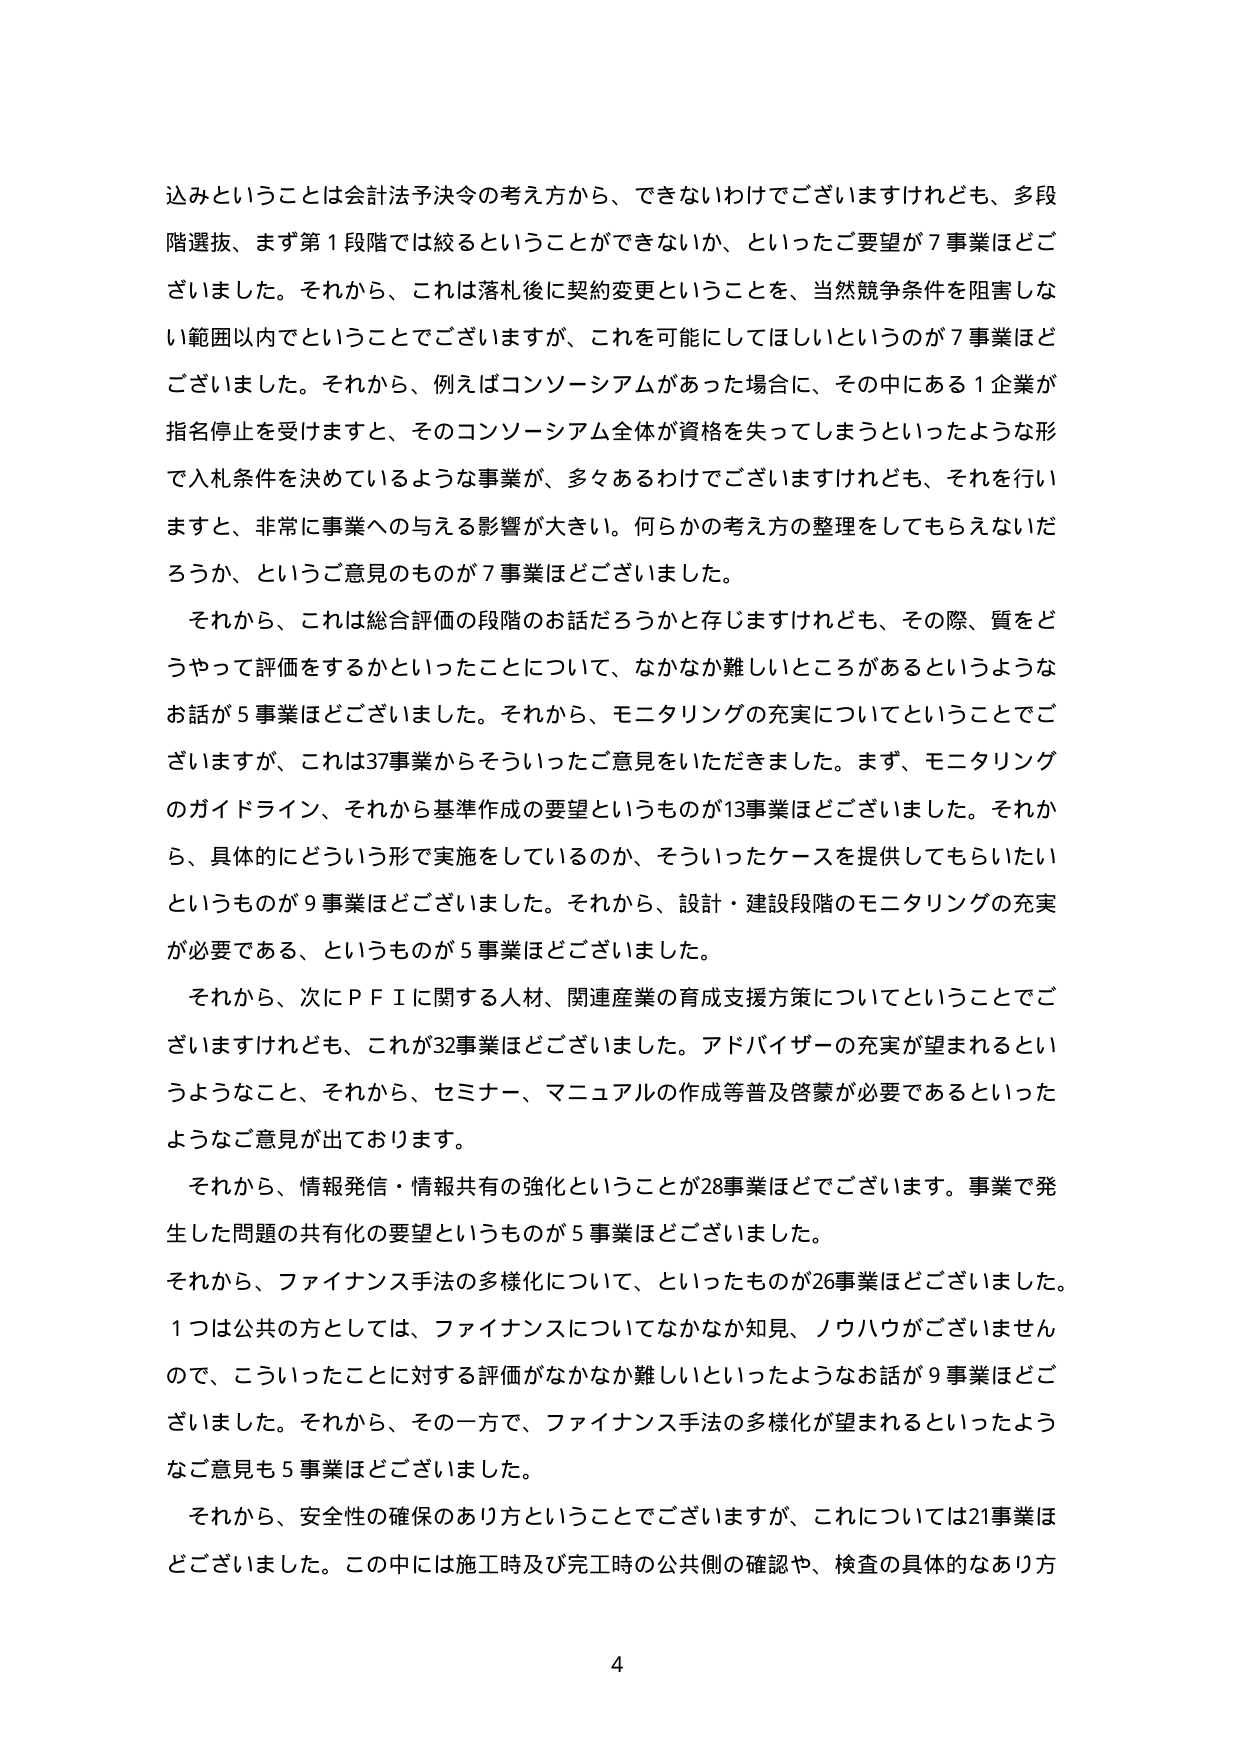
込みということは会計法予決令の考え方から、できないわけでございますけれども、多段
階選抜、まず第１段階では絞るということができないか、といったご要望が７事業ほどご
ざいました。それから、これは落札後に契約変更ということを、当然競争条件を阻害しな
い範囲以内でということでございますが、これを可能にしてほしいというのが７事業ほど
ございました。それから、例えばコンソーシアムがあった場合に、その中にある１企業が
指名停止を受けますと、そのコンソーシアム全体が資格を失ってしまうといったような形
で入札条件を決めているような事業が、多くあるわけでございますけれども、それを行いま
すと、非常に事業への与える影響が大きい。何らかの考え方の整理をしてもらえないだ
ろうか、というご意見のものが７事業ほどございました。
　それから、これは総合評価の段階のお話だろうかと存じますけれども、その際、質をど
うやって評価をするかといったことについて、なかなか難しいところがあるというような
お話が５事業ほどございました。それから、モニタリングの充実についてということでご
ざいますが、これは37事業からそういったご意見をいただきました。まず、モニタリング
のガイドライン、それから基準作成の要望というものが13事業ほどございました。それか
ら、具体的にどういう形で実施をしているのか、そういったケースを提供してもらいたい
というものが９事業ほどございました。それから、設計・建設段階のモニタリングの充実
が必要である、というものが５事業ほどございました。
　それから、次にＰＦＩに関する人材、関連産業の育成支援方策についてということでご
ざいますけれども、これが32事業ほどございました。アドバイザーの充実が望まれるとい
うようなこと、それから、セミナー、マニュアルの作成等普及啓蒙が必要であるといった
ようなご意見が出ております。
　それから、情報発信・情報共有の強化ということが28事業ほどでございます。事業で発
生した問題の共有化の要望というものが５事業ほどございました。
それから、ファイナンス手法の多様化について、といったものが26事業ほどございました。
１つは公共の方としては、ファイナンスについてなかなか知見、ノウハウがございません
ので、こういったことに対する評価がなかなか難しいといったようなお話が９事業ほどご
ざいました。それから、その一方で、ファイナンス手法の多様化が望まれるといったよう
なご意見も５事業ほどございました。
　それから、安全性の確保のあり方ということでございますが、これについては21事業ほ
どございました。この中には施工時及び完工時の公共側の確認や、検査の具体的なあり方

4